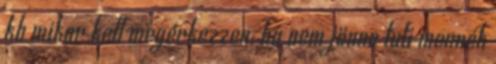
kb mikor kell megérkezzen, ha nem jönne tuti mennék